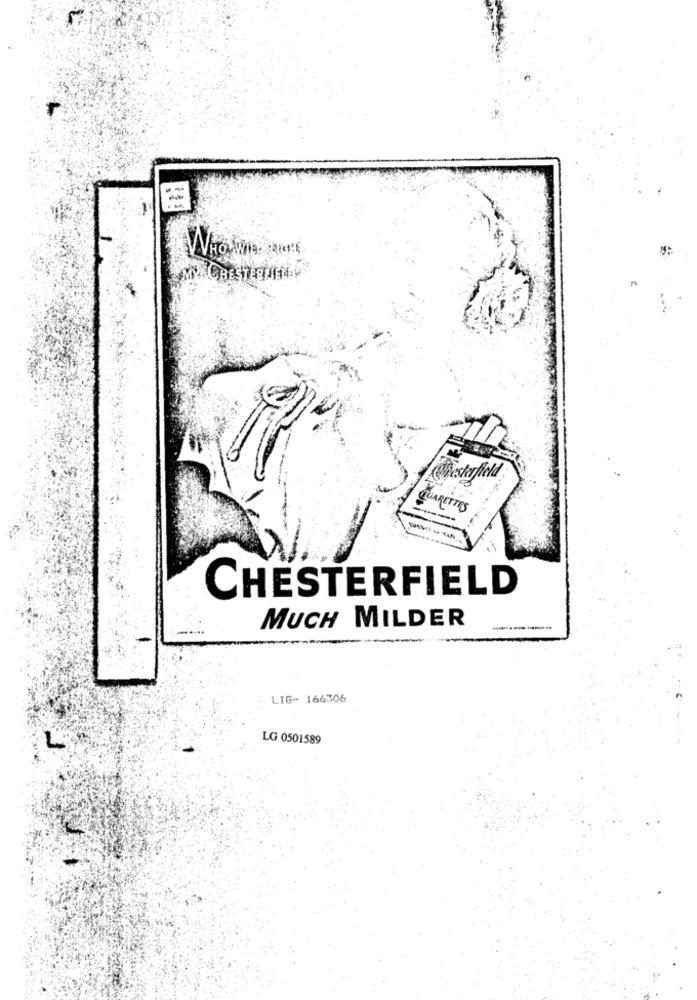
MY CRESTERLINE
Chesterfield
ARETTES
CHESTERFIELD
MUCH MILDER
-----
LIG- 166306
L
LG 0501589